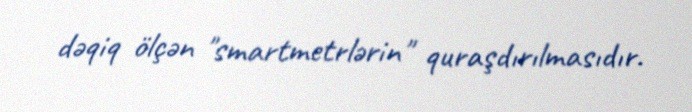
dəqiq ölçən "smartmetrlərin" quraşdırılmasıdır.